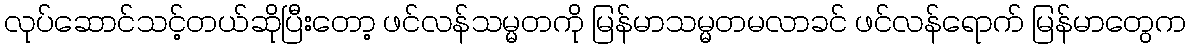
လုပ်ဆောင်သင့်တယ်ဆိုပြီးတော့ ဖင်လန်သမ္မတကို မြန်မာသမ္မတမလာခင် ဖင်လန်ရောက် မြန်မာတွေက